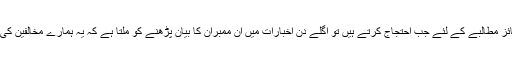
عوام اپنی جائز مطالبے کے لئے جب احتجاج کرتے ہیں تو اگلے دن اخبارات میں ان ممبران کا بیان پڑھنے کو ملتا ہے کہ یہ ہمارے مخالفین کی سازش ہے۔